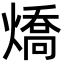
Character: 燆